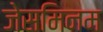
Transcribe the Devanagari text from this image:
जेसमिनम